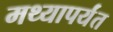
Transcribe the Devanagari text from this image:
मथ्यापर्यंत